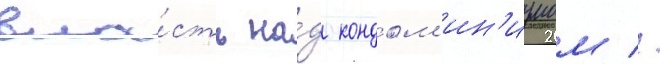
вла́сть на́д кондом'ин'иумом //